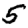
Digit: 5